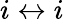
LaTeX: i\leftrightarrow i